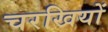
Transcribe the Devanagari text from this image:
चरखियों